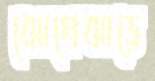
ঝোপেঝাড়ে